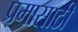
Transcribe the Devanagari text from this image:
प्रमासाठी